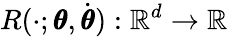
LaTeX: R(\cdot;\pmb\theta,\dot{\pmb\theta}):\mathbb R^{d}\to\mathbb R